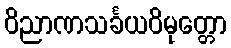
ဝိညာဏသင်္ခယဝိမုတ္တော